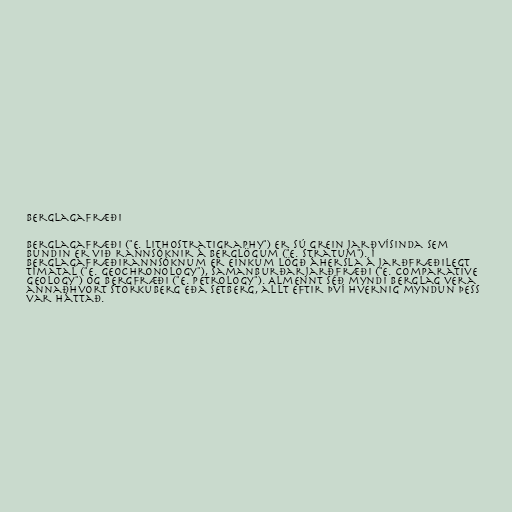
Berglagafræði

Berglagafræði ("e. lithostratigraphy") er sú grein jarðvísinda sem
bundin er við rannsóknir á berglögum ("e. stratum"). Í
berglagafræðirannsóknum er einkum lögð áhersla á jarðfræðilegt
tímatal ("e. geochronology"), samanburðarjarðfræði ("e. comparative
geology") og bergfræði ("e. petrology"). Almennt séð myndi berglag vera
annaðhvort storkuberg eða setberg, allt eftir því hvernig myndun þess
var háttað.